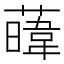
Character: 𦾛